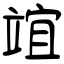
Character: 竩